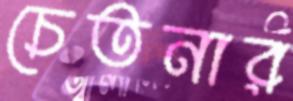
চেতনার